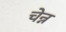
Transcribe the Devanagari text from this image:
चेन्न